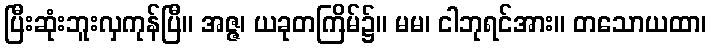
ပြီးဆုံးဘူးလှကုန်ပြီ။ အဇ္ဇ၊ ယခုတကြိမ်၌။ မမ၊ ငါဘုရင်အား။ တသောယထာ၊